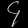
Digit: ၄